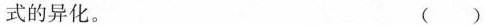
式的异化。 ()